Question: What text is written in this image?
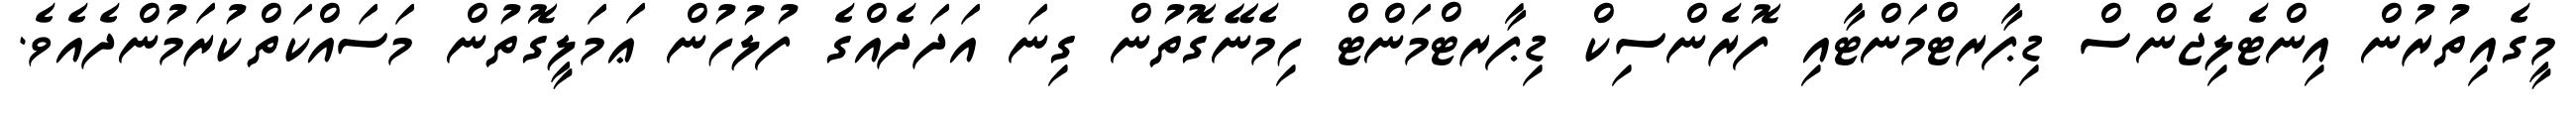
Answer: މީގެއިތުރުން އިންޓެލިޖެންސް ޑިޕާރޓްމަންޓާއި ފޮރެންސިކް ޑިޕާރޓްމަންޓް ހިމެނޭގޮތުން ގިނަ އަދަދެއްގެ ފުލުހުން ޢަމަލީގޮތުން މަސައްކަތްކުރަމުންދެއެވެ.